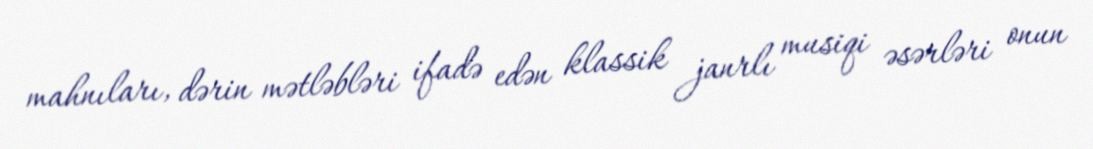
mahnıları, dərin mətləbləri ifadə edən klassik janrlı musiqi əsərləri onun